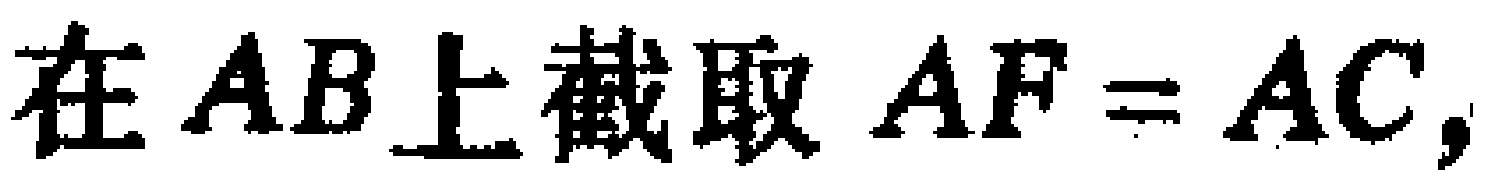
在 \(AB\) 上截取 \(AF = AC\)，